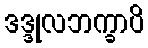
ဒဒ္ဒုလဘက္ခာပိ